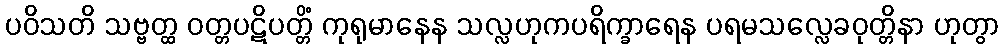
ပဝိသတိ သဗ္ဗတ္ထ ဝတ္တပဋိပတ္တိံ ကုရုမာနေန သလ္လဟုကပရိက္ခာရေန ပရမသလ္လေခဝုတ္တိနာ ဟုတွာ